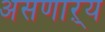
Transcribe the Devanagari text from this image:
असणाऱ्य